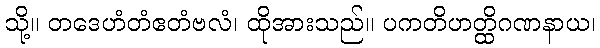
သို့။ တဒေဟံတံဧတံဗလံ၊ ထိုအားသည်။ ပကတိဟတ္ထိဂဏနာယ၊